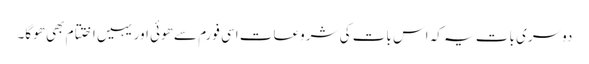
دوسری بات یہ کہ اس بات کی شروعات اسی فورم سے ھوئی اور یہیں اختتام بھی ھوگا۔